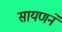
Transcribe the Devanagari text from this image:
सायणने